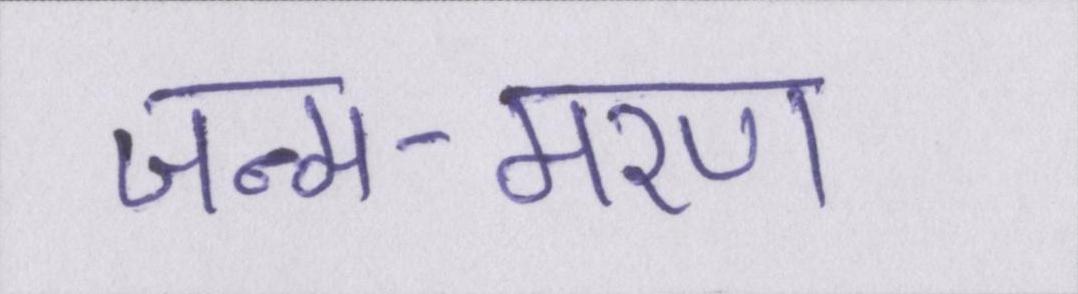
जन्म-मरण